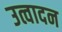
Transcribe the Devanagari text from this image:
उत्वादन